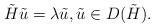
LaTeX: \begin{align*} \tilde H \tilde u = \lambda \tilde u, \tilde u \in D(\tilde H). \end{align*}